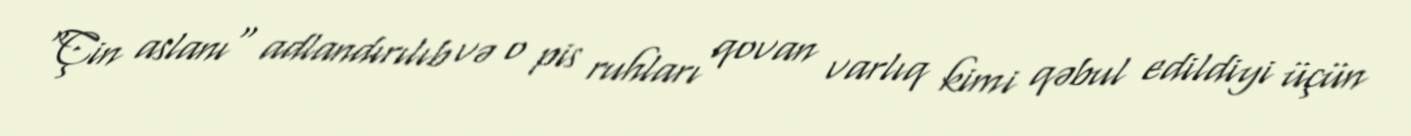
"Çin aslanı" adlandırılıb və o pis ruhları qovan varlıq kimi qəbul edildiyi üçün